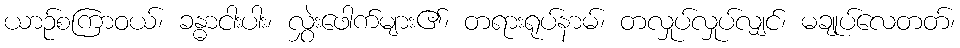
ယာဉ်စကြာဝယ်၊ ခန္ဓာငါးပါး၊ လွှဲးဖေါက်များ၏၊ တရားရုပ်နာမ်၊ တလှုပ်လှုပ်လျှင်၊ မချုပ်လေတတ်၊